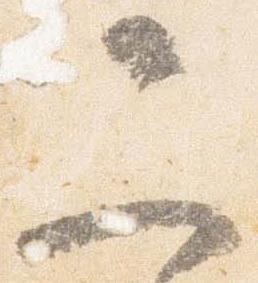
二